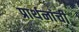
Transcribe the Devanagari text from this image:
प्रार्थनांची